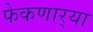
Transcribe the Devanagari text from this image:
फेकणार्‍या